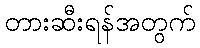
တားဆီးရန်အတွက်